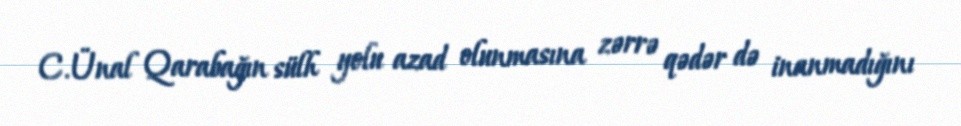
C.Ünal Qarabağın sülh yolu azad olunmasına zərrə qədər də inanmadığını